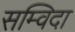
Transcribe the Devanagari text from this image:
सम्विदा